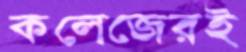
কলেজেরই